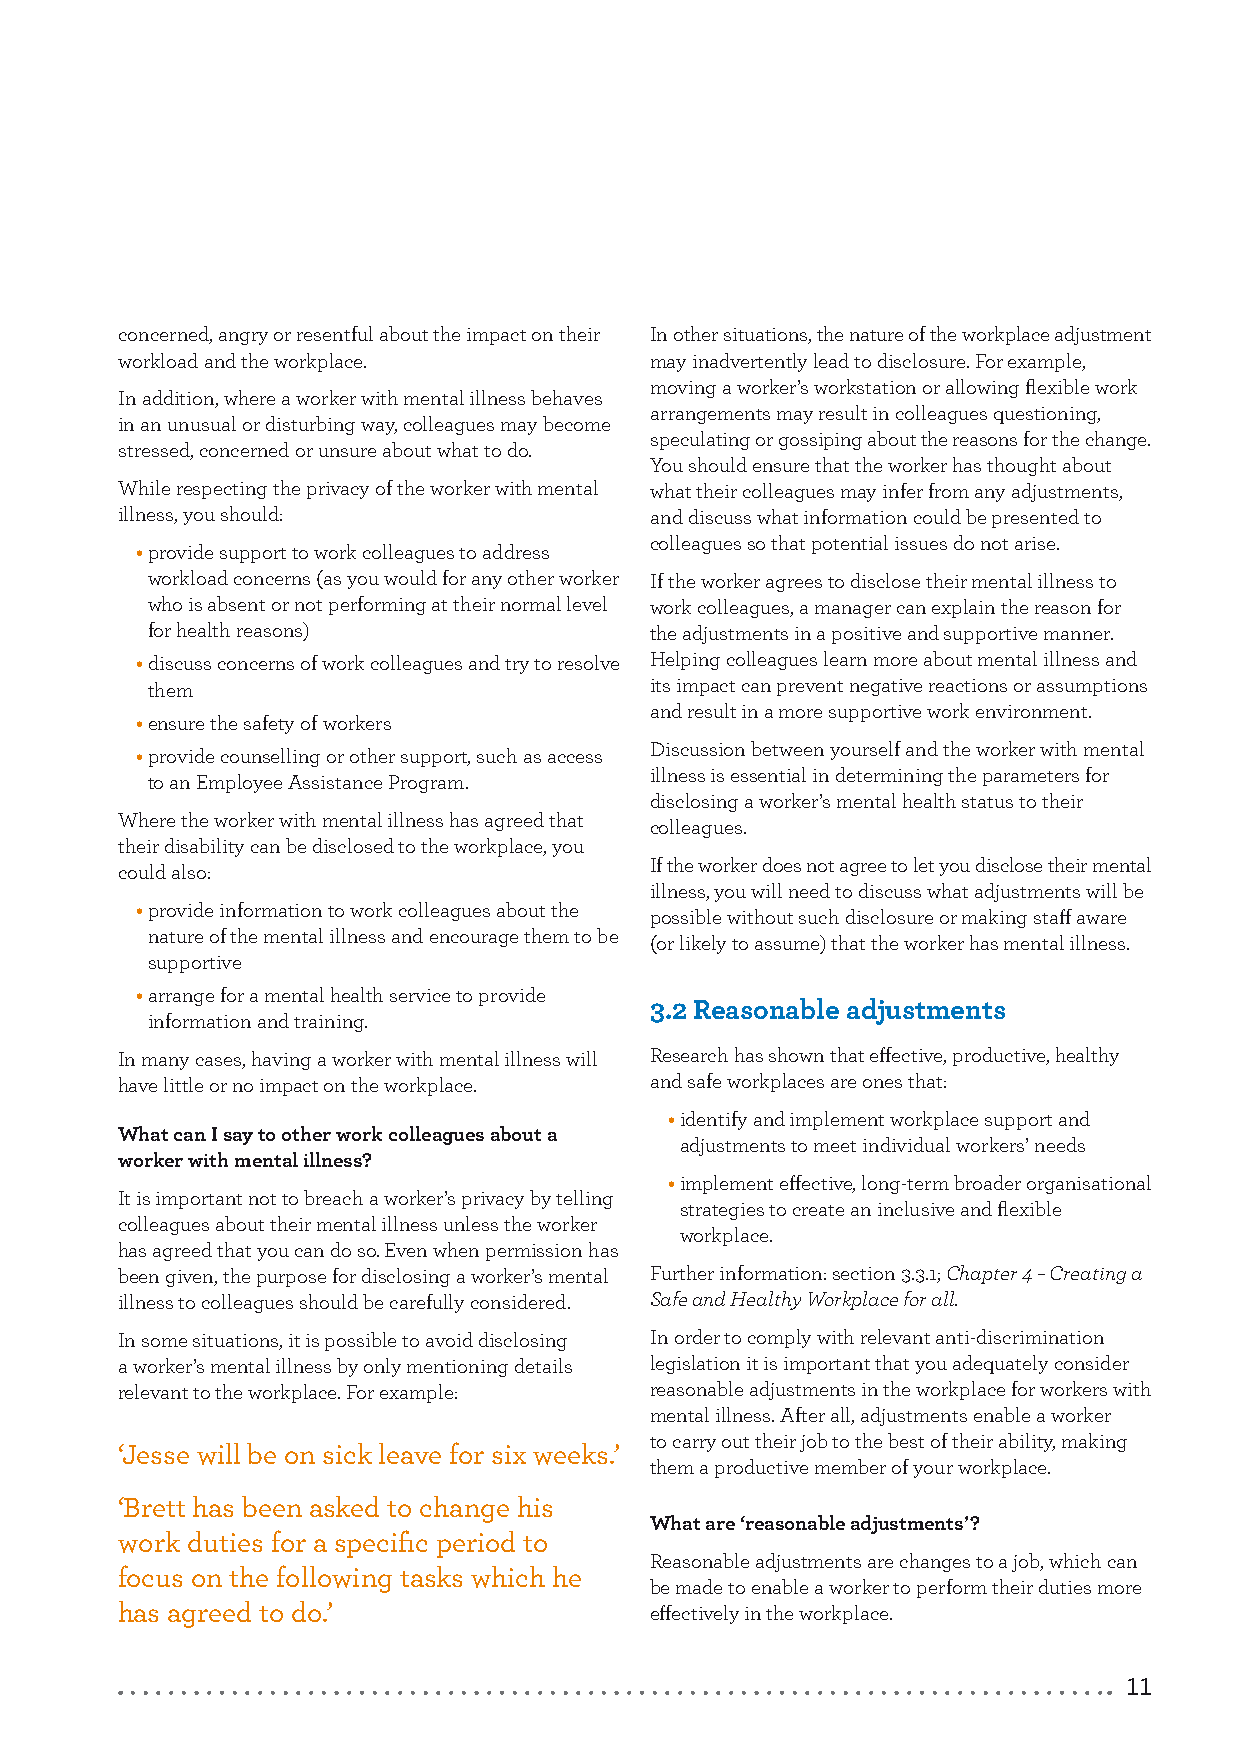
concerned, angry or resentful about the impact on their In other situations, the nature of the workplace adjustment
 workload and the workplace.        may inadvertently lead to disclosure. For example,
 moving a worker’s workstation or allowing flexible work
 In addition, where a worker with mental illness behaves
 arrangements may result in colleagues questioning,
 in an unusual or disturbing way, colleagues may become
 speculating or gossiping about the reasons for the change.
 stressed, concerned or unsure about what to do.
 You should ensure that the worker has thought about
 While respecting the privacy of the worker with mental what their colleagues may infer from any adjustments,
 illness, you should:               and discuss what information could be presented to
 colleagues so that potential issues do not arise.
 • provide support to work colleagues to address
 workload concerns (as you would for any other worker If the worker agrees to disclose their mental illness to
 who is absent or not performing at their normal level work colleagues, a manager can explain the reason for
 for health reasons)              the adjustments in a positive and supportive manner.
 • discuss concerns of work colleagues and try to resolve Helping colleagues learn more about mental illness and
 them                             its impact can prevent negative reactions or assumptions
 and result in a more supportive work environment.
 • ensure the safety of workers
 Discussion between yourself and the worker with mental
 • provide counselling or other support, such as access
 illness is essential in determining the parameters for
 to an Employee Assistance Program.
 disclosing a worker’s mental health status to their
 Where the worker with mental illness has agreed that
 colleagues.
 their disability can be disclosed to the workplace, you
 If the worker does not agree to let you disclose their mental
 could also:
 illness, you will need to discuss what adjustments will be
 • provide information to work colleagues about the possible without such disclosure or making staff aware
 nature of the mental illness and encourage them to be
 (or likely to assume) that the worker has mental illness.
 supportive
 • arrange for a mental health service to provide
 3.2 Reasonable adjustments
 information and training.
 In many cases, having a worker with mental illness will Research has shown that effective, productive, healthy
 have little or no impact on the workplace. and safe workplaces are ones that:
 • identify and implement workplace support and
 What can I say to other work colleagues about a
 adjustments to meet individual workers’ needs
 worker with mental illness?
 • implement effective, long-term broader organisational
 It is important not to breach a worker’s privacy by telling
 strategies to create an inclusive and flexible
 colleagues about their mental illness unless the worker
 workplace.
 has agreed that you can do so. Even when permission has
 been given, the purpose for disclosing a worker’s mental Further information: section 3.3.1; Chapter 4 – Creating a
 illness to colleagues should be carefully considered. Safe and Healthy Workplace for all.
 In some situations, it is possible to avoid disclosing In order to comply with relevant anti-discrimination
 a worker’s mental illness by only mentioning details legislation it is important that you adequately consider
 relevant to the workplace. For example: reasonable adjustments in the workplace for workers with
 mental illness. After all, adjustments enable a worker
 to carry out their job to the best of their ability, making
 ‘Jesse will be on sick leave for six weeks.’
 them a productive member of your workplace.
 ‘Brett has been asked to change his
 What are ‘reasonable adjustments’?
 work duties for a specific period to
 Reasonable adjustments are changes to a job, which can
 focus on the following tasks which he
 be made to enable a worker to perform their duties more
 has agreed to do.’                 effectively in the workplace.
 11